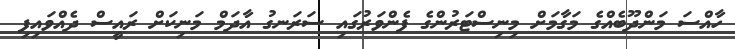
ހާއްސަ މަންދޫބެއްގެ މަގާމަށް މިނިސްޓަރުންގެ ފެންވަރުގައި ސަރަނގު އާދަމް މަނިކަށް ރައީސް ދެއްވައިފި